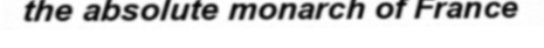
the absolute monarch of France